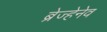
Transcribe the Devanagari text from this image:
ब्रेज्हेनेव